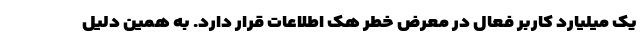
یک میلیارد کاربر فعال در معرض خطر هک اطلاعات قرار دارد. به همین دلیل